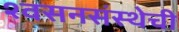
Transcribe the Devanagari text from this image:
श्वसनसंस्थेची